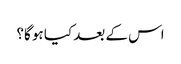
اس کے بعد کیا ہو گا؟